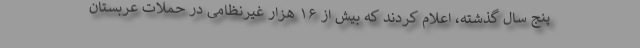
پنج سال گذشته، اعلام کردند که بیش از ۱۶ هزار غیرنظامی در حملات عربستان